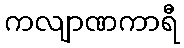
ကလျာဏကာရီ